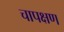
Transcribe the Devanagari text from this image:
चापक्षण